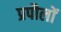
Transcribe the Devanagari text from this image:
प्रपौलों